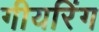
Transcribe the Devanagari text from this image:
गीयरिंग